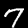
Label: 7